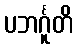
ပဘင်္ဂူတိ